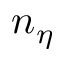
n _ { \eta }